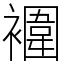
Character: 䙟